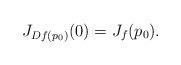
LaTeX: \begin{align*}J_{Df(p_0)}(0)=J_f(p_0).\end{align*}